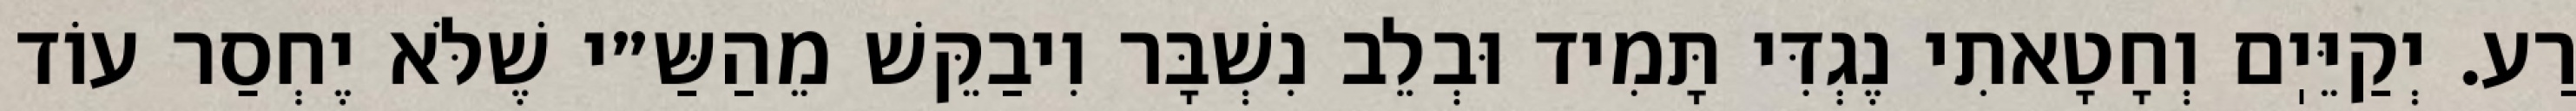
רַע. יְקַיֵּיֽם וְחָטָאתִי נֶגְדִּי תָּמִיד וּבְלֵב נִשְׁבָּר וִיבַקֵּשׁ מֵהַשַּ״י שֶׁלֹּא יֶחְסַר עוֹד